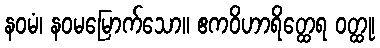
နဝမံ၊ နဝမမြောက်သော။ ဧကဝိဟာရိတ္ထေရ ဝတ္ထု၊